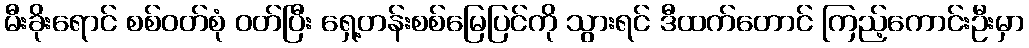
မီးခိုးရောင် စစ်ဝတ်စုံ ဝတ်ပြီး ရှေ့တန်းစစ်မြေပြင်ကို သွားရင် ဒီထက်တောင် ကြည့်ကောင်းဦးမှာ